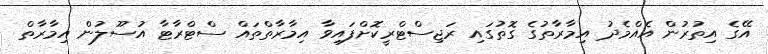
އޭގެ އިތުރުން އެއްމެދު އިމާރާތުގެ ގޮތުގައި ރަޖިސްޓްރީކޮށްފައިވާ އިމާރާތްތައް ސްޓްރާޓާ އުސޫލުން އިމާރާތް